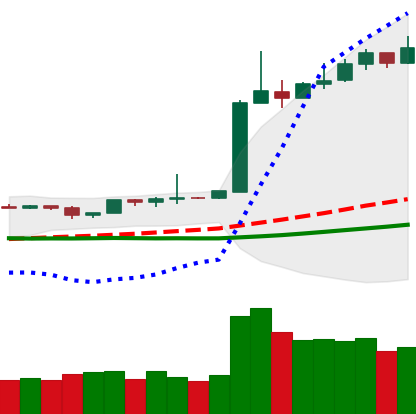
Ticker: BTC-USD
Chart end date: 2019-04-10
Forward return: -4.835%
Label: down_3_5